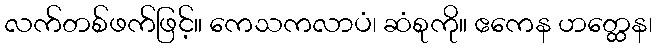
လက်တစ်ဖက်ဖြင့်။ ကေသကလာပံ၊ ဆံစုကို။ ဧကေန ဟတ္ထေန၊